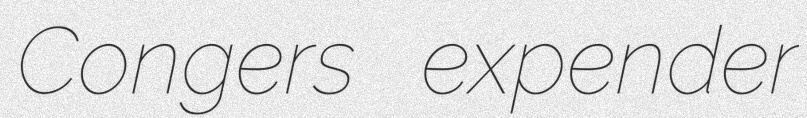
Congers expender